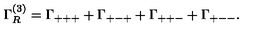
\Gamma _ { R } ^ { ( 3 ) } = \Gamma _ { + + + } + \Gamma _ { + - + } + \Gamma _ { + + - } + \Gamma _ { + -- } .